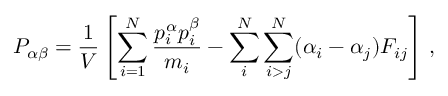
P _ { \alpha \beta } = \frac { 1 } { V } \left[ \sum _ { i = 1 } ^ { N } \frac { p _ { i } ^ { \alpha } p _ { i } ^ { \beta } } { m _ { i } } - \sum _ { i } ^ { N } \sum _ { i > j } ^ { N } ( \alpha _ { i } - \alpha _ { j } ) F _ { i j } \right] \, ,